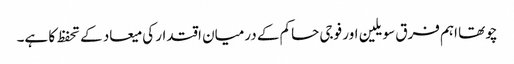
چوتھا اہم فرق سویلین اور فوجی حاکم کے درمیان اقتدار کی میعاد کے تحفظ کا ہے۔